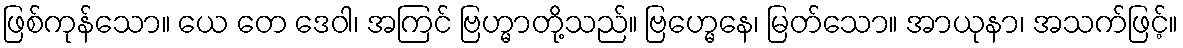
ဖြစ်ကုန်သော။ ယေ တေ ဒေဝါ၊ အကြင် ဗြဟ္မာတို့သည်။ ဗြဟ္မေနေ၊ မြတ်သော။ အာယုနာ၊ အသက်ဖြင့်။